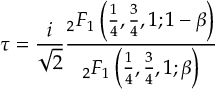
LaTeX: \tau = { \frac { i } { \sqrt { 2 } } } { \frac { { } _ { 2 } F _ { 1 } \left( { \frac { 1 } { 4 } } , { \frac { 3 } { 4 } } , 1 ; 1 - \beta \right) } { { } _ { 2 } F _ { 1 } \left( { \frac { 1 } { 4 } } , { \frac { 3 } { 4 } } , 1 ; \beta \right) } }